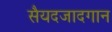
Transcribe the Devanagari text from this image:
सैयदजादगान